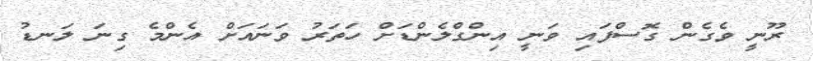
ރޫނީ ވެގެން ގޮސްފައި ވަނީ އިންގްލެންޑަށް ހަތަރު ވަނައަށް އެންމެ ގިނަ ލަނޑު